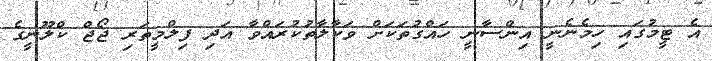
އެ ޓީމުގައި ހިމެނެނީ އިންސާނީ ހައްގުތަކަށް ވަކާލާތުކުރައްވާ އަދި ފިލްމީތަރި ޖޯޖް ކްލޫނީގެ